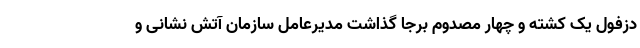
دزفول یک کشته و چهار مصدوم برجا گذاشت مدیرعامل سازمان آتش نشانی و